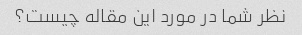
نظر شما در مورد این مقاله چیست؟